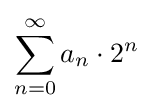
\sum _{n=0}^{\infty }{a_{n}}\cdot 2^{n}